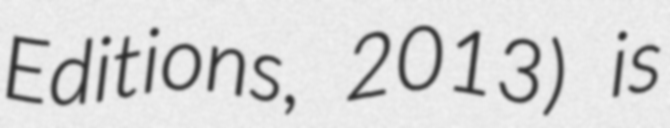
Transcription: Editions, 2013) is